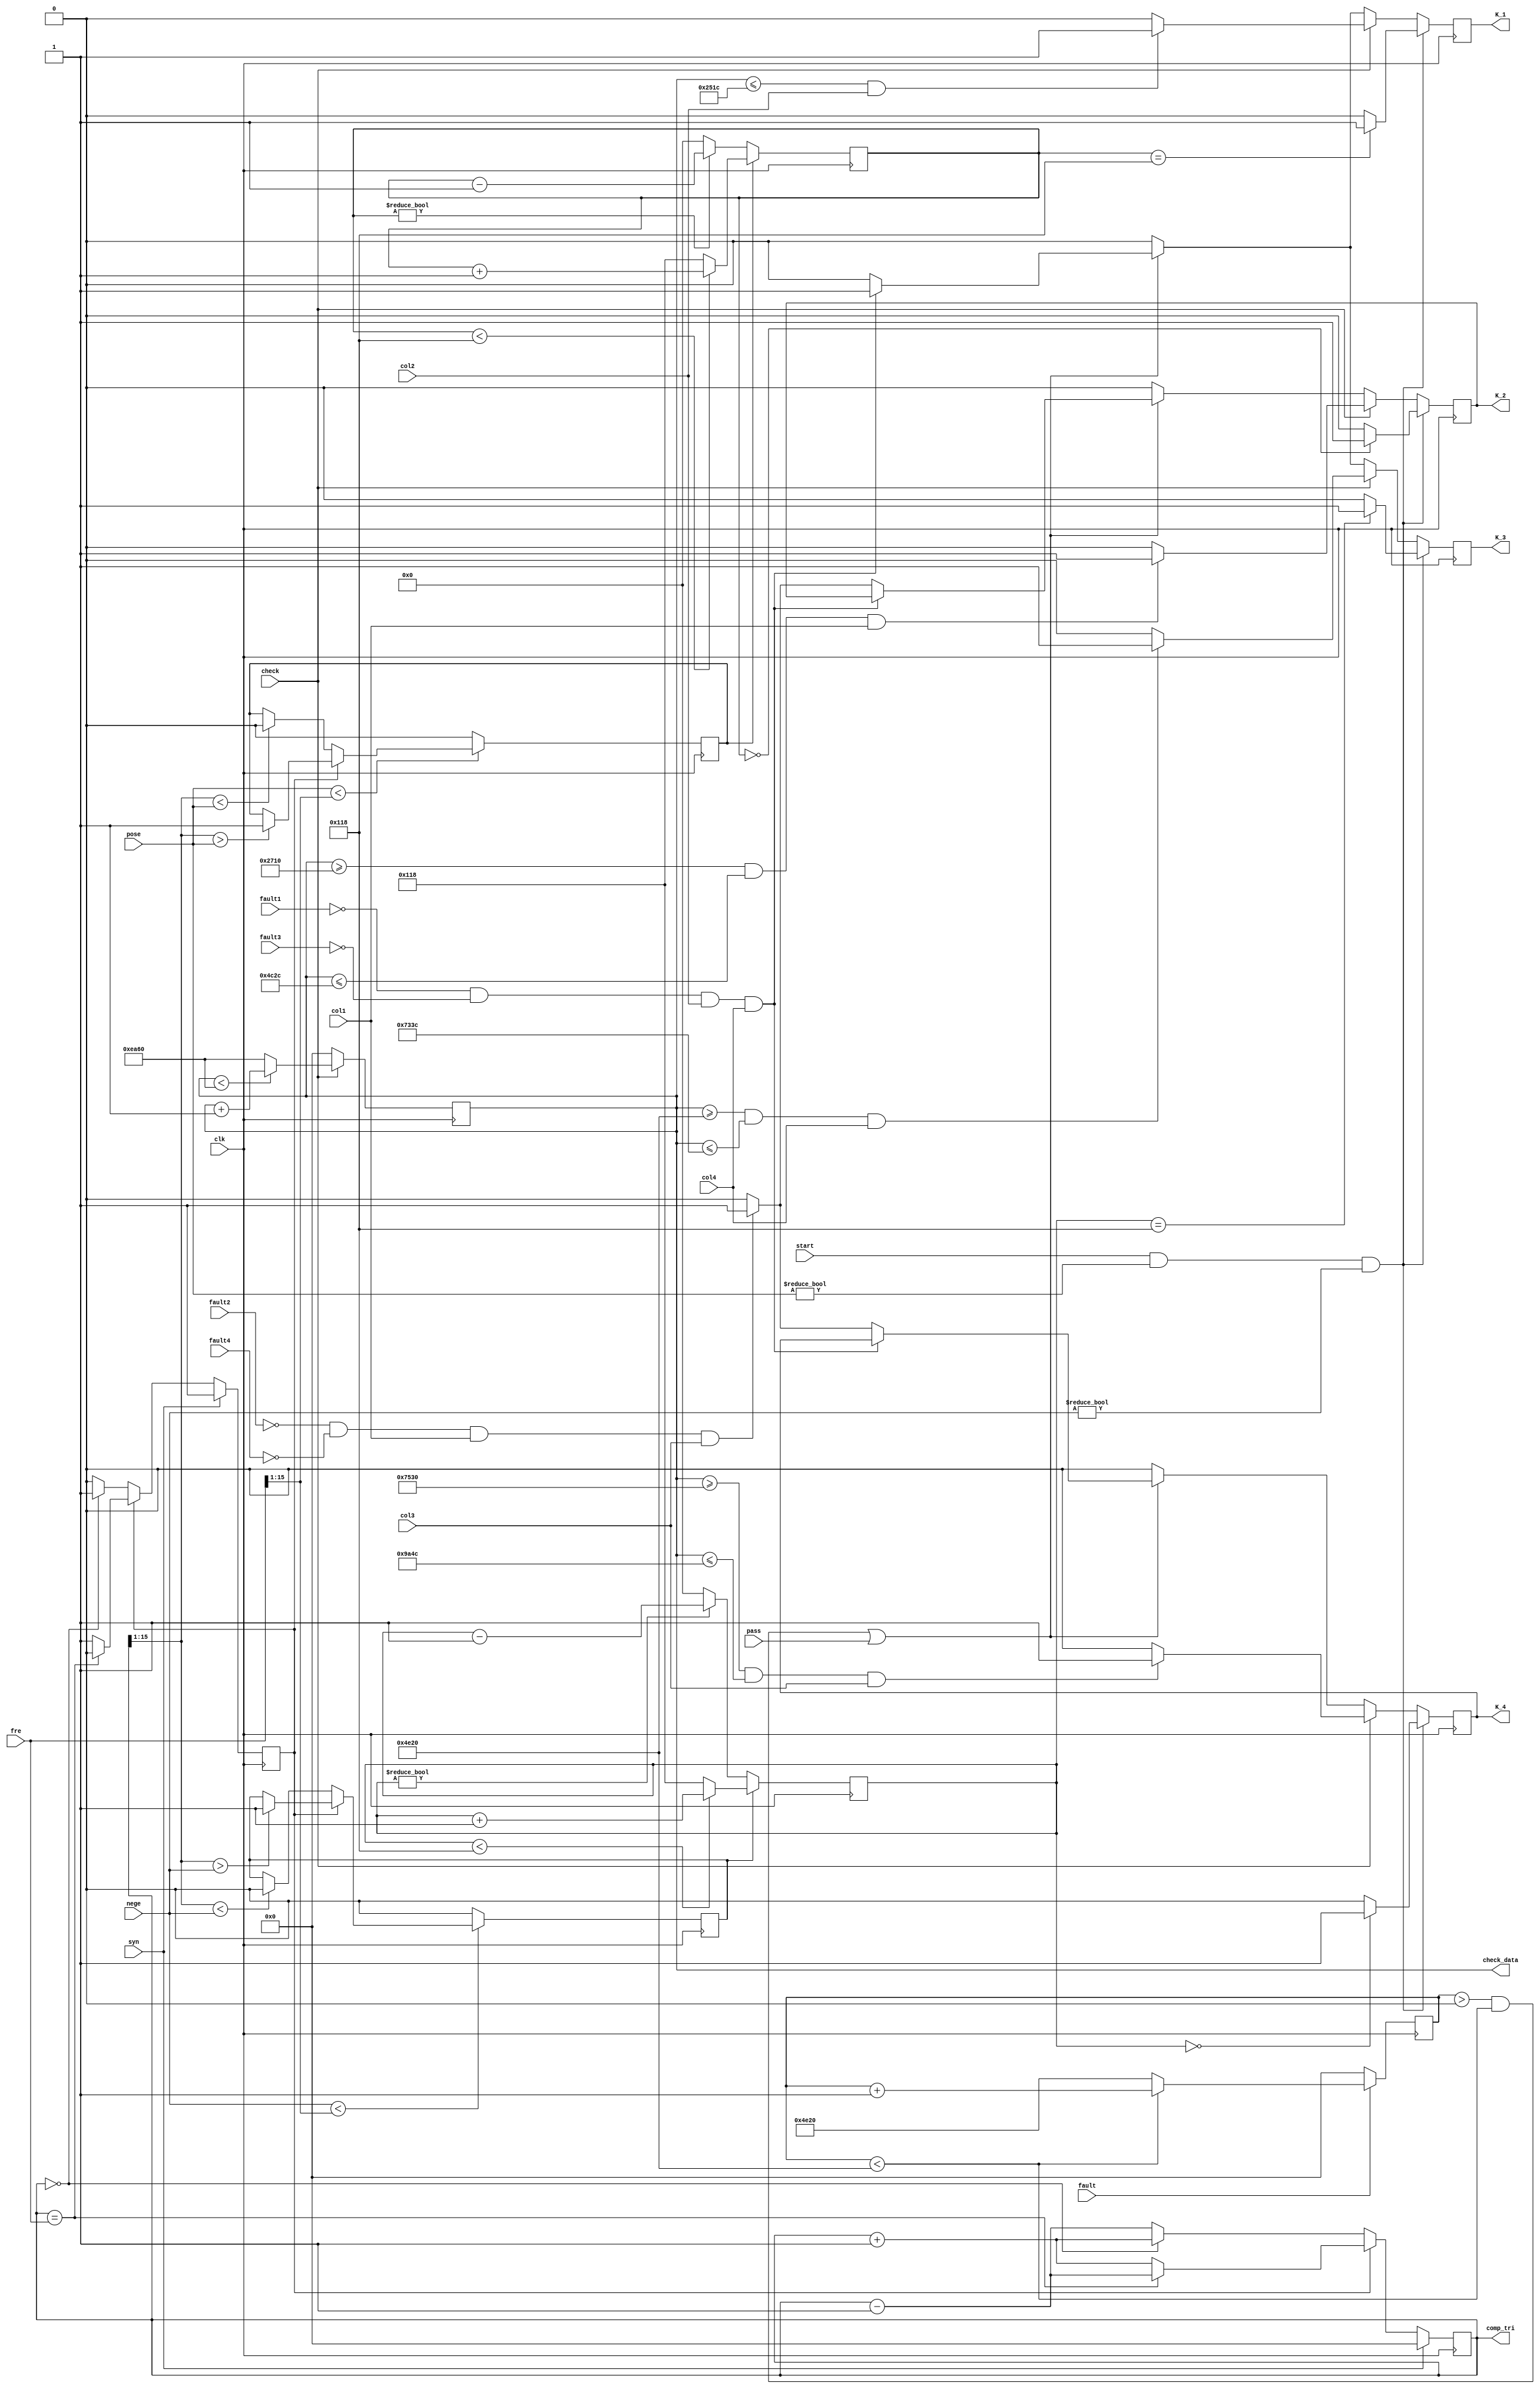
/*====================================================================
PWM.v

2009-08-12  1.0
PWM
====================================================================*/
module PWM(clk, syn, start, check, pass, pose, nege, fre,
            fault, fault1, fault2, fault3, fault4,
            col1, col2, col3, col4,
            K_1, K_2, K_3, K_4, comp_tri, check_data);

    input	clk;
    input	syn;                   // 
    input	start, check, pass;
    input	[15:0]pose;        // 
    input	[15:0]nege;
    input	[15:0]fre;
    input	fault;
    input	fault1, fault2, fault3, fault4;
    input	col1, col2, col3, col4;
    
    output	K_1, K_2, K_3, K_4;
    output	[15:0]comp_tri;
    output	[15:0]check_data;
    
//    parameter max=280;           //
    
    reg		K_1, K_2, K_3, K_4;
    reg		[15:0]comp_tri;            // 
    reg		[15:0]check_data;
    reg		[15:0]bypass;
    
    reg		PA1;
    reg		PA2;
    reg		[9:0]d_data1;
    reg		[9:0]d_data2;
    reg		DIR;                     // 
    
    initial
    begin
	K_1 = 1'b0;
	K_2 = 1'b0;
	K_3 = 1'b0;
	K_4 = 1'b0;
	comp_tri = 16'b0;
	check_data = 16'b0;
	
	PA1 = 1'b0;
	PA2 = 1'b0;
	d_data1 = 10'b0;
	d_data2 = 10'b0;
	DIR = 1'b0;
	end
    
/*------------------------------------------*/
    always@(posedge clk)
    begin
    if(syn)                       //
        begin
        comp_tri <= 16'b0;
        DIR <= 1'b1;
        end
    else if(DIR)                         //DIR=1
        begin
        if(comp_tri == fre)           //
            begin
            DIR <= 1'b0;
            comp_tri <= comp_tri - 1'b1;
            end
        else
            comp_tri <= comp_tri + 1'b1;
        end
    else                            //DIR=0
        begin
        if(comp_tri == 16'b0)         //
            begin
            DIR <= 1'b1;
            comp_tri <= comp_tri + 1'b1;
            end
        else
            comp_tri <= comp_tri - 1'b1;
        end
    end

/*--------------------------------------------------------*/
    always@(posedge clk)
    begin
    if(pose < fre[15:1])
        begin
        if(DIR)
            begin
            if(comp_tri[15:1] > pose)
                PA1 <= 1'b1;
            end
        else
            begin
            if(comp_tri[15:1] < pose)
                PA1 <= 1'b0;
            end
        end
    else
        PA1 <= 1'b0;
    end
    
    always@(posedge clk)
    begin
    if(nege < fre[15:1])
        begin
        if(DIR)
            begin
            if(comp_tri[15:1] > nege)
                PA2 <= 1'b1;
            end
        else
            begin
            if(comp_tri[15:1] < nege)
                PA2 <= 1'b0;
            end
        end
    else
        PA2 <= 1'b0;
    end

/*--------------------------------------------------------*/
    always@(posedge clk)
    begin
    if(!fault)
        bypass <= 16'b0;
    else if(bypass < 16'd20000)
        bypass <= bypass + 1'b1;
    else
		bypass <= 16'd20000;
    end
    
    always@(posedge clk)
    begin
	if(PA1)
		begin
        if(d_data1 < 10'd280)
            d_data1 <= d_data1 + 1'b1;
        else
            d_data1 <= 10'd280;
        end
    else
        begin
        if(d_data1 != 10'b0)
            d_data1 <= d_data1 - 1'b1;
        else
            d_data1 <= 10'b0;
        end
    end
    
    always@(posedge clk)
    begin
	if(PA2)
		begin
        if(d_data2 < 10'd280)
            d_data2 <= d_data2 + 1'b1;
        else
            d_data2 <= 10'd280;
        end
    else
        begin
        if(d_data2 != 10'b0)
            d_data2 <= d_data2 - 1'b1;
        else
            d_data2 <= 10'b0;
        end
    end
/*-----------------------------PWM----------------------------*/
    always@(posedge clk)
    begin
    if(start && pose != 16'b0 && nege != 16'b0)
        begin
        if(d_data1 == 10'd280)//7us
			K_1 <= 1'b1;
		else
			K_1 <= 1'b0;
		if(d_data1 == 10'b0)
			K_2 <= 1'b1;
		else
			K_2 <= 1'b0;
		end
    else
        begin
        if(check)
            begin
            if(check_data <= 16'd9500 && col2)
                K_1 <= 1'b1;
            else
                K_1 <= 1'b0;
            if(check_data >= 16'd10000 && check_data <= 16'd19500 && col1)
                K_2 <= 1'b1;
            else
                K_2 <= 1'b0;
            end
        else if((bypass > 16'b0 && bypass < 16'd20000) || pass)
            begin
            if(!fault1 && !fault3 && col2 && col4)
                K_1 <= 1'b1;
            else
				begin
                K_1 <= 1'b0;
				if(!fault2 && !fault4 && col1 && col3)
					K_2 <= 1'b1;
                else
                    K_2 <= 1'b0;
                end
            end
        else
            begin
            K_1 <= 1'b0;
            K_2 <= 1'b0;
            end
        end
    end
    
    always@(posedge clk)
    begin
    if(start && pose != 16'b0 && nege != 16'b0)
        begin
        if(d_data2 == 10'd280)
			K_3 <= 1'b1;
		else
			K_3 <= 1'b0;
		if(d_data2 == 10'b0)
			K_4 <= 1'b1;
		else
			K_4 <= 1'b0;
		end
    else
        begin
        if(check)
            begin
            if(check_data >= 16'd20000 && check_data <= 29500 && col4)
                K_3 <= 1'b1;
            else
                K_3 <= 1'b0;
            if(check_data >= 16'd30000 && check_data <= 16'd39500 && col3)
                K_4 <= 1'b1;
            else
                K_4 <= 1'b0;
            end
        else if((bypass > 16'b0 && bypass < 16'd20000) || pass)
            begin
            if(!fault1 && !fault3 && col2 && col4)
                K_3 <= 1'b1;
            else
				begin
                K_3 <= 1'b0;
				if(!fault2 && !fault4 && col1 && col3)
					K_4 <= 1'b1;
                else
                    K_4 <= 1'b0;
                end
            end
        else
            begin
            K_3 <= 1'b0;
            K_4 <= 1'b0;
            end
        end
    end

/*------------------------------------------------*/    
    always@(posedge clk)
    begin
    if(!check)
        check_data <= 16'd0;
    else if(check_data < 16'd60000)
        check_data <= check_data + 1'b1;
    else
        check_data <= 16'd60000;
    end
    
endmodule